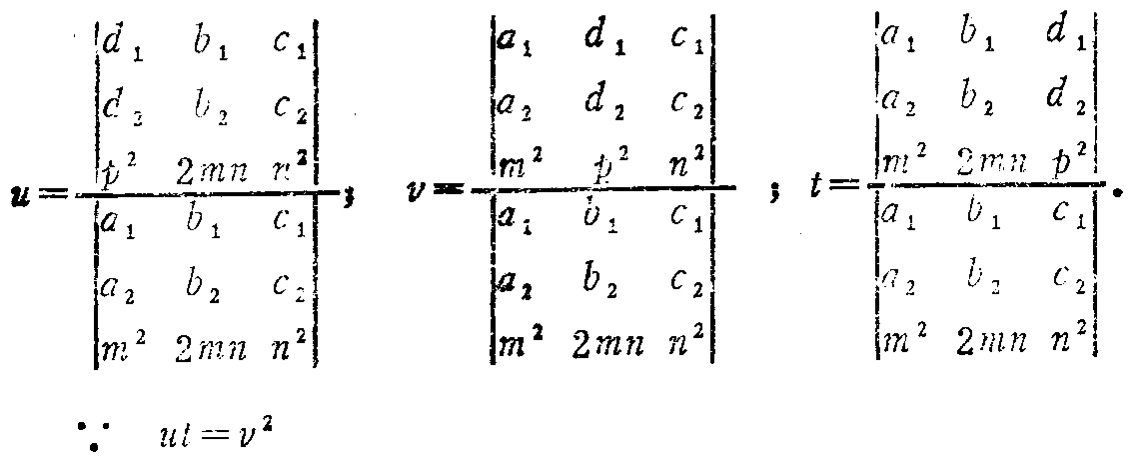
\[

u = \frac{\begin{vmatrix}

d_1 & b_1 & c_1 \\

d_2 & b_2 & c_2 \\

p^2 & 2mn & n^2

\end{vmatrix}}{\begin{vmatrix}

a_1 & b_1 & c_1 \\

a_2 & b_2 & c_2 \\

m^2 & 2mn & n^2

\end{vmatrix}},\quad

v = \frac{\begin{vmatrix}

a_1 & d_1 & c_1 \\

a_2 & d_2 & c_2 \\

m^2 & p^2 & n^2

\end{vmatrix}}{\begin{vmatrix}

a_1 & b_1 & c_1 \\

a_2 & b_2 & c_2 \\

m^2 & 2mn & n^2

\end{vmatrix}},\quad

t = \frac{\begin{vmatrix}

a_1 & b_1 & d_1 \\

a_2 & b_2 & d_2 \\

m^2 & 2mn & p^2

\end{vmatrix}}{\begin{vmatrix}

a_1 & b_1 & c_1 \\

a_2 & b_2 & c_2 \\

m^2 & 2mn & n^2

\end{vmatrix}}.

\]

\[

\because\quad ut = v^2

\]